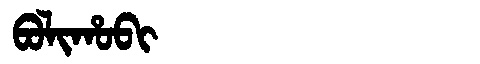
Manchu: ᠪᠣᠯᡳᡥᠣᠪᡳ
Romanization: BOLIHOBI